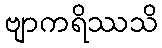
ဗျာကရိဿသိ